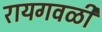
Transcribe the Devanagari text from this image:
रायगवळी